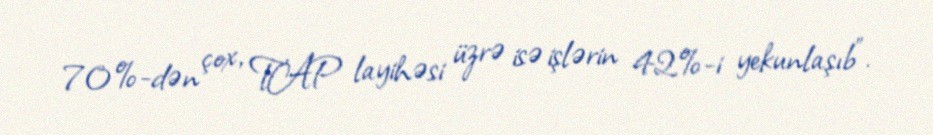
70%-dən çox, TAP layihəsi üzrə isə işlərin 42%-i yekunlaşıb".